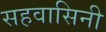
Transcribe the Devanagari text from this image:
सहवासिनी